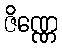
ဇိဏ္ဏေ